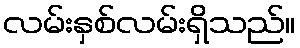
လမ်းနှစ်လမ်းရှိသည်။